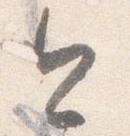
今